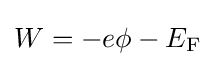
W=-e\phi -E_{\rm {F}}